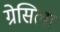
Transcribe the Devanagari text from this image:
ग्रेसिला